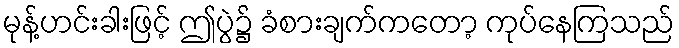
မုန့်ဟင်းခါးဖြင့် ဤပွဲ၌ ခံစားချက်ကတော့ ကုပ်နေကြသည်